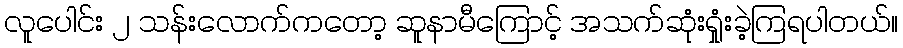
လူပေါင်း ၂ သန်းလောက်ကတော့ ဆူနာမီကြောင့် အသက်ဆုံးရှုံးခဲ့ကြရပါတယ်။